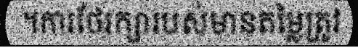
។ការថែរក្សារបស់មានតម្លៃត្រូវ